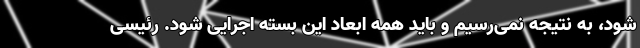
شود، به نتیجه نمی‌رسیم و باید همه ابعاد این بسته اجرایی شود. رئیسی